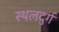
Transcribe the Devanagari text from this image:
स्थलदुर्ग